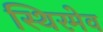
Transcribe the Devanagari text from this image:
स्थिरमेव